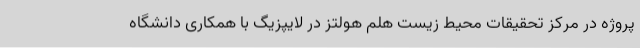
پروژه در مرکز تحقیقات محیط زیست هلم هولتز در لایپزیگ با همکاری دانشگاه